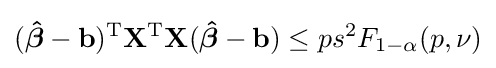
({\boldsymbol {\hat {\beta }}}-\mathbf {b} )^{\operatorname {T} }\mathbf {X} ^{\operatorname {T} }\mathbf {X} ({\boldsymbol {\hat {\beta }}}-\mathbf {b} )\leq ps^{2}F_{1-\alpha }(p,\nu )